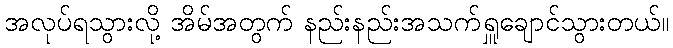
အလုပ်ရသွားလို့ အိမ်အတွက် နည်းနည်းအသက်ရှူချောင်သွားတယ်။